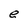
Character: e